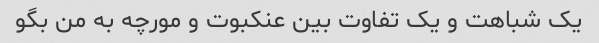
یک شباهت و یک تفاوت بین عنکبوت و مورچه به من بگو